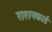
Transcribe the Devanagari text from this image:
राशनकार्ड